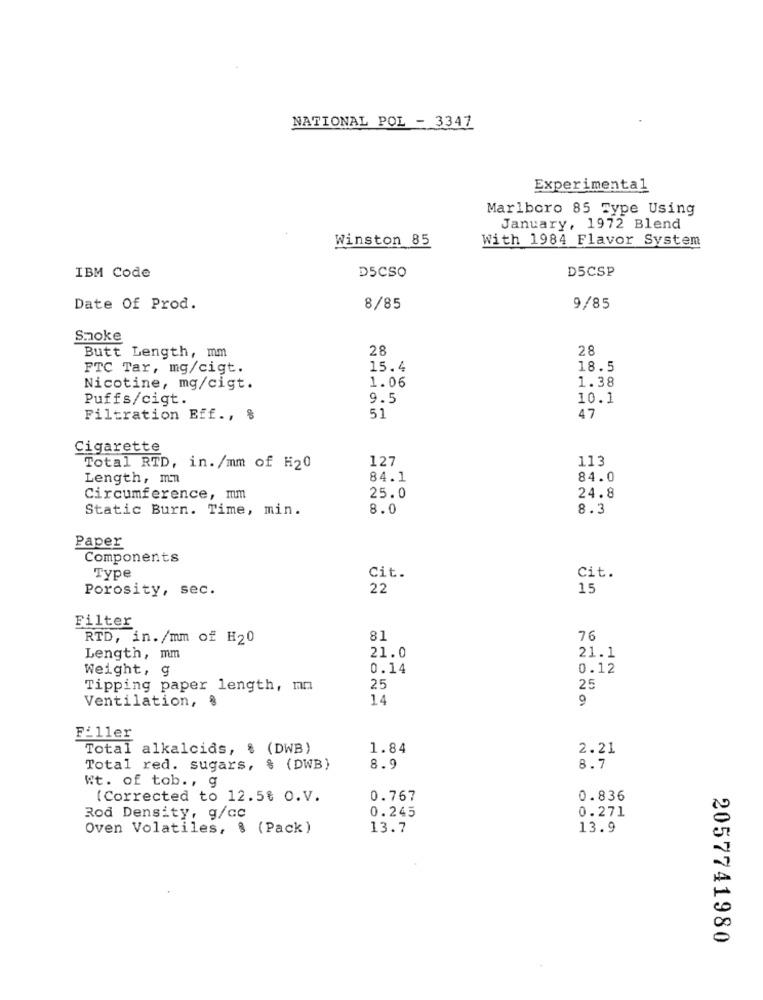
NATIONAL POL - 3347
Experimental
Marlboro 85 Type Using
January, 1972 Blend
Winston 85
With 1984 Flavor System
D5CSP
IBM Code
D5CSO
Date Of Prod.
8/85
9/85
Smoke
28
28
Butt Length, mm
FTC Tar, mg/cigt.
15.4
18.5
1.06
1.38
Nicotine, mg/cigt.
Puffs/cigt.
9.5
10.1
Filtration Eff ., %
51
47
Cigarette
127
113
Total RTD, in. /mm of H20
Length, mn
84.1
84.0
Circumference, mm
25.0
24.8
Static Burn. Time, min.
8.0
8.3
Paper
Components
cit.
Cit.
Type
Porosity, sec.
22
15
Filter
RTD, in./mm of H20
81
76
Length, mm
21.0
21.1
Weight, g
0.14
0.12
Tipping paper length, mm
25
25
Ventilation, 8
14
9
Filler
Total alkalcias, $ (DWB)
1.84
2.21
Total red. sugars, % (DWB)
8.9
8.7
Wt. of tob ., g
(Corrected to 12.5% O.V.
0.767
0.836
0.271
Rod Density, g/cc
0.245
Oven Volatiles, % (Pack)
13.7
13.9
2057741980